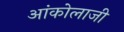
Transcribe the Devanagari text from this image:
आंकोलाजी